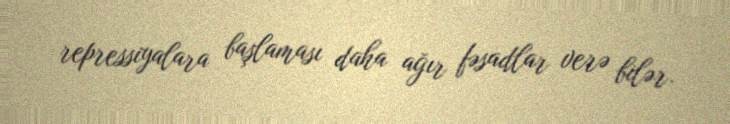
repressiyalara başlaması daha ağır fəsadlar verə bilər.